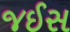
જઈસ